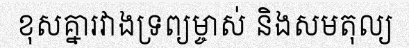
ខុសគ្នារវាងទ្រព្យម្ចាស់ និងសមតុល្យ